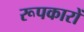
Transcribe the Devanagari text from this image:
रूपकारों